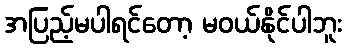
အပြည့်မပါရင်တော့ မဝယ်နိုင်ပါဘူး